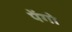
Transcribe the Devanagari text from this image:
पेंगो